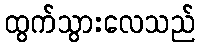
ထွက်သွားလေသည်